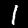
Digit: 1